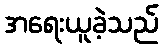
အရေးယူခဲ့သည်